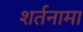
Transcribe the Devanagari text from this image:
शर्तनामा